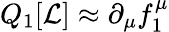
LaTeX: Q_{1}[{\mathcal{L}}]\approx\partial_{\mu}f_{1}^{\mu}